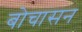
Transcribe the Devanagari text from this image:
बोचासन